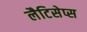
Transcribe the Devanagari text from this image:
लैटिसेप्स